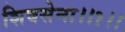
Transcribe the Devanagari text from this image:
शिवसेना।।१।।